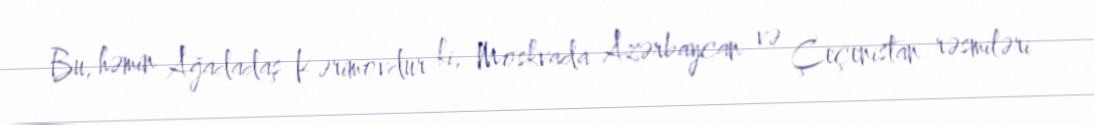
Bu, həmin Ağadadaş Kərimovdur ki, Moskvada Azərbaycan və Çeçenistan rəsmiləri